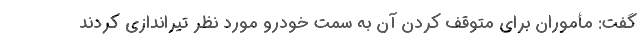
گفت: مأموران برای متوقف کردن آن به سمت خودرو مورد نظر تیراندازی کردند